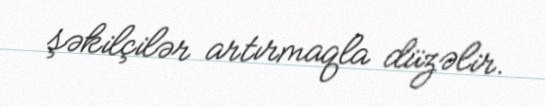
şəkilçilər artırmaqla düzəlir.